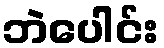
ဘဲပေါင်း